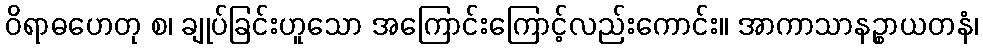
ဝိရာဓဟေတု စ၊ ချုပ်ခြင်းဟူသော အကြောင်းကြောင့်လည်းကောင်း။ အာကာသာနဉ္စာယတနံ၊